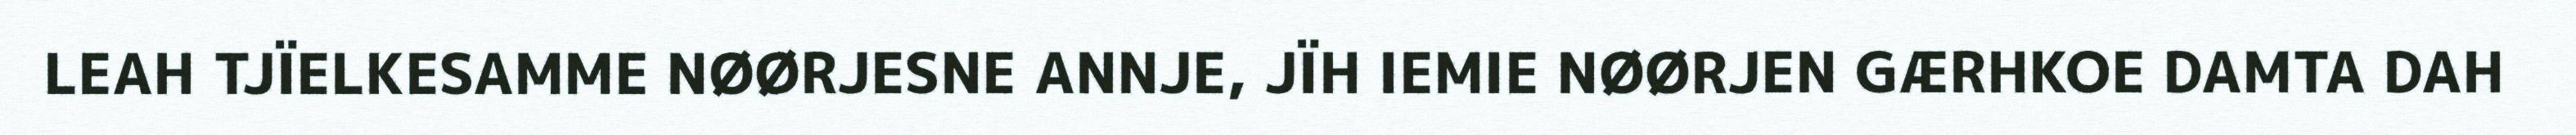
LEAH TJÏELKESAMME NØØRJESNE ANNJE, JÏH IEMIE NØØRJEN GÆRHKOE DAMTA DAH